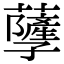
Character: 𧃯